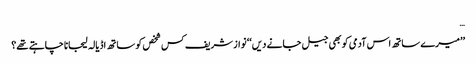
…
’’میرے ساتھ اس آدمی کو بھی جیل جانے دیں‘‘ نواز شریف کس شخص کو ساتھ اڈیالہ لیجانا چاہتے تھے؟